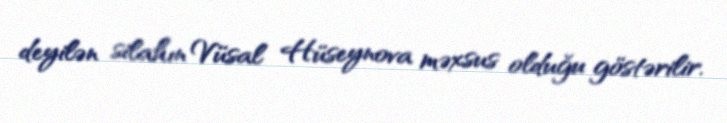
deyilən silahın Vüsal Hüseynova məxsus olduğu göstərilir.